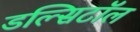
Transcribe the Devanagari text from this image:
डल्सिटॉल